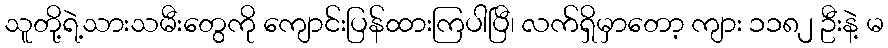
သူတို့ရဲ့သားသမီးတွေကို ကျောင်းပြန်ထားကြပါပြီ၊ လက်ရှိမှာတော့ ကျား ၁၁၈၂ ဦးနဲ့ မ